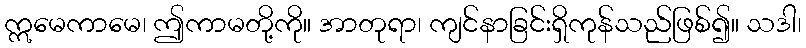
ဣမေကာမေ၊ ဤကာမတို့ကို။ အာတုရာ၊ ကျင်နာခြင်းရှိကုန်သည်ဖြစ်၍။ သဒါ၊